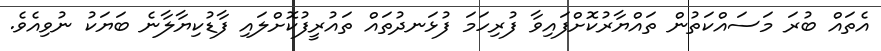
އެތައް ބުރަ މަސައްކަތުން ތައްޔާރުކޮށްފައިވާ ފުރިހަމަ ފުޅަނދުތައް ތައުރީފުކޮށްލައި ފާޑުކިޔާލާނެ ބަޔަކު ނުވިއެވެ.